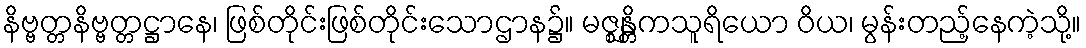
နိဗ္ဗတ္တနိဗ္ဗတ္တဋ္ဌာနေ၊ ဖြစ်တိုင်းဖြစ်တိုင်းသောဌာန၌။ မဇ္ဈန္တိကသူရိယော ဝိယ၊ မွန်းတည့်နေကဲ့သို့။